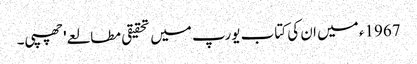
1967ء میں ان کی کتاب یورپ میں تحقیقی مطالعے' چھپی۔